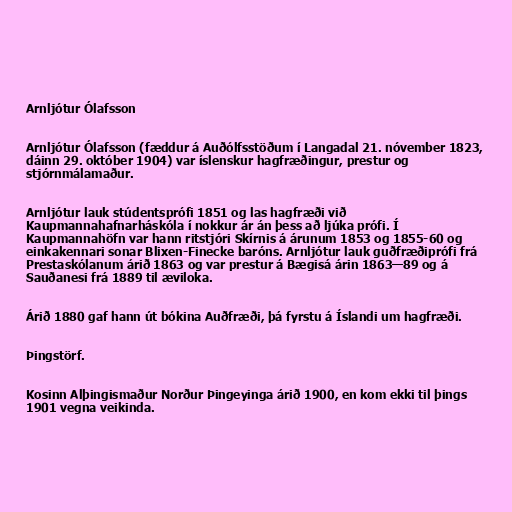
Arnljótur Ólafsson

Arnljótur Ólafsson (fæddur á Auðólfsstöðum í Langadal 21. nóvember 1823,
dáinn 29. október 1904) var íslenskur hagfræðingur, prestur og
stjórnmálamaður.

Arnljótur lauk stúdentsprófi 1851 og las hagfræði við
Kaupmannahafnarháskóla í nokkur ár án þess að ljúka prófi. Í
Kaupmannahöfn var hann ritstjóri Skírnis á árunum 1853 og 1855-60 og
einkakennari sonar Blixen-Finecke baróns. Arnljótur lauk guðfræðiprófi frá
Prestaskólanum árið 1863 og var prestur á Bægisá árin 1863—89 og á
Sauðanesi frá 1889 til æviloka.

Árið 1880 gaf hann út bókina Auðfræði, þá fyrstu á Íslandi um hagfræði.

Þingstörf.

Kosinn Alþingismaður Norður Þingeyinga árið 1900, en kom ekki til þings
1901 vegna veikinda.